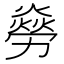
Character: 𠢸